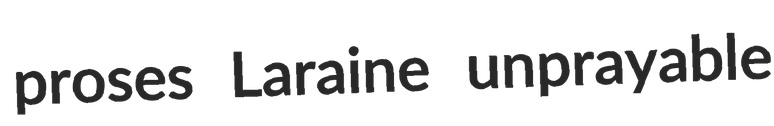
proses Laraine unprayable